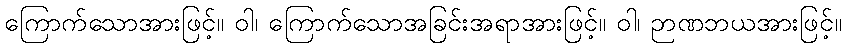
ကြောက်သောအားဖြင့်။ ဝါ၊ ကြောက်သောအခြင်းအရာအားဖြင့်။ ဝါ၊ ဉာဏဘယအားဖြင့်။